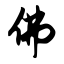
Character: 佛